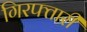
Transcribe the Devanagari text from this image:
गिरफ्तारी